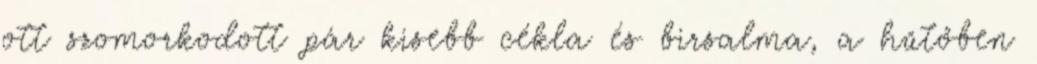
ott szomorkodott pár kisebb cékla és birsalma, a hűtőben